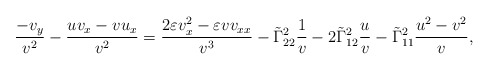
\begin{align*}\frac{-v_y}{v^2}-\frac{uv_x-vu_x}{v^2}=\frac{2\varepsilon v_x^2-\varepsilon vv_{xx}}{v^3}-\tilde{\Gamma}^2_{22}\frac{1}{v}-2\tilde{\Gamma}^2_{12}\frac{u}{v}-\tilde{\Gamma}^2_{11}\frac{u^2-v^2}{v},\end{align*}